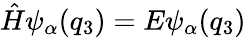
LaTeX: \hat{H}\psi_{\alpha}(q_{3})=E\psi_{\alpha}(q_{3})